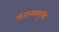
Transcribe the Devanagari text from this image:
संतानसमृद्धि